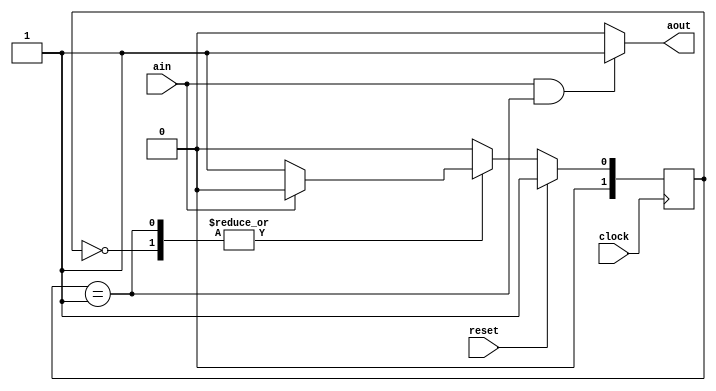
`timescale 1ns / 1ps
//////////////////////////////////////////////////////////////////////////////////
// Company: 
// Engineer: 
// 
// Design Name: 
// Module Name: mealy
// Project Name: 
// Target Devices: 
// Tool Versions: 
// Description: 
// 
// Dependencies: 
// 
// Revision:
// Revision 0.01 - File Created
// Additional Comments:
// 
//////////////////////////////////////////////////////////////////////////////////


module mealy(
    input ain,
    input clock,
    input reset,
    output aout
    );
    reg [1:0] state;
    
    always @(posedge clock)
    begin
    
    if (reset == 1'b1)
    state <= 1'b1;
    
    else 
    
    case (state)
    1'b0: state <= (ain==1'b1) ? 1'b0 : 1'b1;
    1'b1: state <= (ain==1'b1) ? 1'b0 : 1'b1;
    default: state <= 1'b0;
    endcase
    end
    
    assign aout = (ain && (state == 1'b1)) ? 1'b1 : 1'b0;
    
endmodule